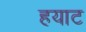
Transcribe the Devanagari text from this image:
हयाट